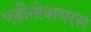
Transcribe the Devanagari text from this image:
एडीनोवायरस